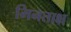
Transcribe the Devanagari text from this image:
भिनताक्ष